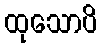
ထုသောပိ